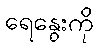
ရေနွေးကို